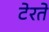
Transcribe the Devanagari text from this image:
टेरते